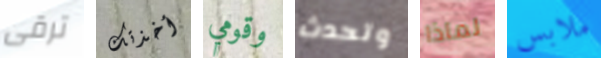
ترقى أخذتك وقومي وتحدث لماذا ملابس